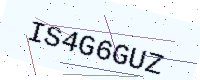
Text: IS4G6GUZ